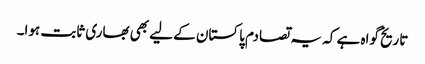
تاریخ گواہ ہے کہ یہ تصادم پاکستان کے لیے بھی بھاری ثابت ہوا۔